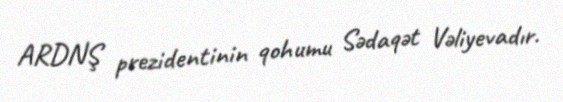
ARDNŞ prezidentinin qohumu Sədaqət Vəliyevadır.